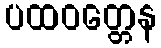
ပထဝတ္တေန